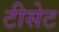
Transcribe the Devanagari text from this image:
टीसेट